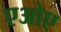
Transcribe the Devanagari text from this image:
एओए